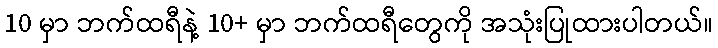
10 မှာ ဘက်ထရီနဲ့ 10+ မှာ ဘက်ထရီတွေကို အသုံးပြုထားပါတယ်။